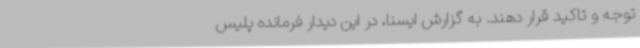
توجه و تاکید قرار دهند. به گزارش ایسنا، در این دیدار فرمانده پلیس